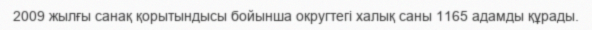
2009 жылғы санақ қорытындысы бойынша округтегі халық саны 1165 адамды құрады.